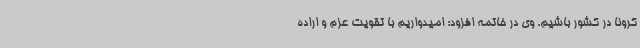
کرونا در کشور باشیم. وی در خاتمه افزود: امیدواریم با تقویت عزم و اراده